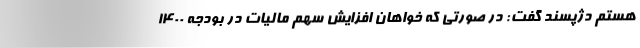
هستم دژپسند گفت: در صورتی که خواهان افزایش سهم مالیات در بودجه ۱۴۰۰